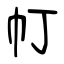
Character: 帄